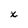
Character: x